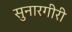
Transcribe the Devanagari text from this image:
सुनारगीरी